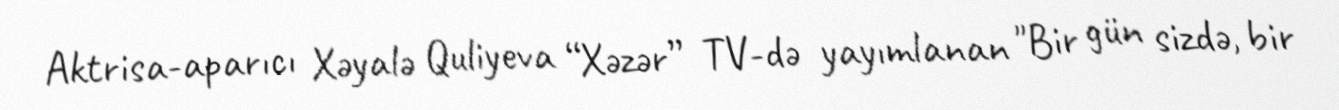
Aktrisa-aparıcı Xəyalə Quliyeva “Xəzər” TV-də yayımlanan "Bir gün sizdə, bir